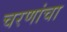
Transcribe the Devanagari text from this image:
चरणांचा